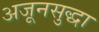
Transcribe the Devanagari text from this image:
अजूनसुद्धा